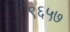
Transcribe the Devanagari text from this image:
९६५७